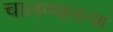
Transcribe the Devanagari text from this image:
चालण्यातल्या